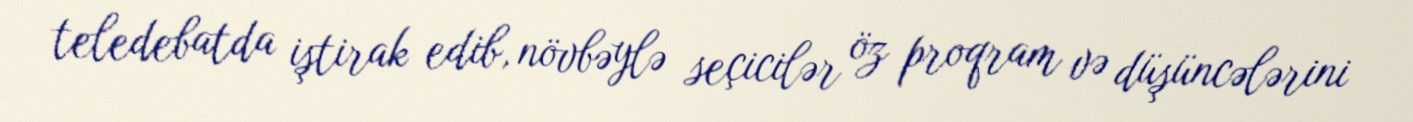
teledebatda iştirak edib, növbəylə seçicilər öz proqram və düşüncələrini